Lunatic asylums Madras 1892-1911 - 1892-1911
Year: 1892
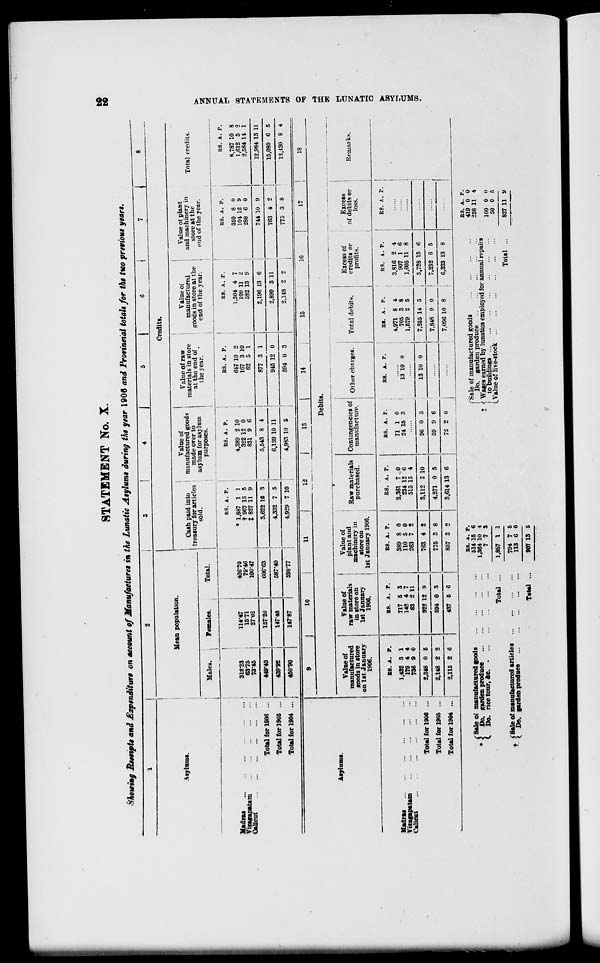
STATEMENT No. X.
Showing lUeeipU and Expenditure on account of Manufactures in the Lunatic Asylums during the year 1906 and Provincial totals for the two previous years.
I
I
•i IT In mi.
Mean population.
Credits.
Males
Females.
Total.
Cash paid into
l treasury for articles
sold.
Value of
manufactured goods
made over to
asylum for asylum
purposes.
Value of raw
materials in store
at the end of
the year.
Value of
manufactured
troods in store at the
end of the year.
Value of plant
and machinery in
store at the
end of the year.
Total credits.
Madras
...
.
Vicagapatam
Calicut
l
Total for 1906 ...
Total for 1905 ... •
Total for 1904 ...
312-23
63*75
73-45
114-47
1571
27-02
426*70
79*46
100-47
RS. A. P.
* 1,887 1 1
t 907 13 5
% 827 11 9
BS. A. P.
4,889 2 10
822 12 0
831 9 6
B8. A. P.
647 10 2
167 3 10
62 5 1
RS. A. P.
1,504 4 7
109 11 2
582 13 9
RS. A. P.
359 8 0
104 12 9
280 6 0
RS. A. P.
8,787 10 8
1,612 5 2
2,584 14 1
449-43
157-20
606*63
j
3,622 10 3
5,543 8 4
877 3 1
2,196 13 6
744 10 9
12,984 13 11
439*92
147*48
587*40
4,332 7 5
6,139 10 11
945 12 0
2,899 3 11
763 4 2
15,080 6 5
450*90
147-87
598*77
4,929 7 10
4,983 10 5
594 0 3
2,148 2 2
i
775 3 8
13,430 8 4
10
11
12
13
14
15
16
Debits.
Value of
manufactured
goods in store
on 1st January
1906.
Value of
raw materials
in store on
1st Januarv
1906.
Value of
plant and
machinery in
store on
1st January 1906.
Raw materials
purchased.
Contingencies of • n »
P ha*w»
manufacture
Total debit*.
Excess of
credits or
profits.
Excess
of debits or
loss.
18
Remarks,
to
to
>
>
00
>
S3
52
HI
GC
O
*a
H
M
2!
8
► 00
K
GO
Madras
Viragapatam
Calicut
BS. A. P.
1,432 3 1
179 4 4
736 9 0
BB. A. P.
717 5 3
142 4 7
63 2 11
Total for 1906
Total for 1905
Total for 1904
2,348 0 6
922 12 9
RS. A. P.
389 8 0
110 5 0
263 7 5
763 4 2
2,148 2 2
594 0 3
2,115 2 6
437 5 6
775 3 8
857 3 2
RS. A. P.
2,361 7 0
234 12 6
515 15 4
3,112 2 10
4,271 0 5
3,614 13 6
RS. A. P.
71 1 0
24 15 3
R8. A. P.
13" 10 0
RS. A. P.
4.971 8 4
705 3 8
1,579 2 5
R3. A. P.
3,816 2 4
907 1 6
1,005 11 8
96 0 3
13 10 0
7,255 14 5
5,728 15 6
59 9 6
72 2 0
7,848 0 0
7,096 10 8
7,232 6 5
6,383 13 8
A. P.
I Sale of manufactured goods
Do. garden produce
Do. rice tour, Ac. •
j'Sale of manufactured articles
I Do. garden produce
Total
B8. A. P.
514 15 6
1,364 10 4
7 7 3
1,887 1 1
794 7 5
113 6 0
fSale of manufactured goods
Do. garden produce
i Wages earned by lunatics employed for annual repairs
I to buildings
LValue of live-stock
Total ...
BS. A.
419 0
258 11
P.
0
4
100 0
50 0
0
5
827 11 a
Total
907 13 5